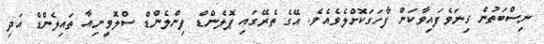
ނިސްބަތުން ގިނަވެފައިވާކަން ފާހަގަކޮށްލެވެއެވެ. އޭގެ ތެރޭގައި ޕޮލެންޑް ފިންލެންޑް ސްލޮވީނިއާ ތައިލެންޑް އަދި